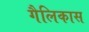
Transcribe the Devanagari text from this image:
गैलिकास